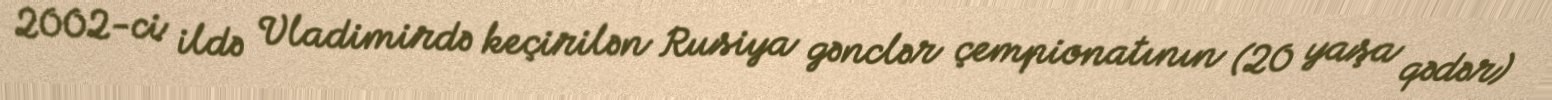
2002-ci ildə Vladimirdə keçirilən Rusiya gənclər çempionatının (20 yaşa qədər)